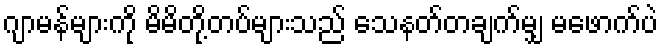
ဂျာမန်များကို မိမိတို့တပ်များသည် သေနတ်တချက်မျှ မဖောက်ပဲ